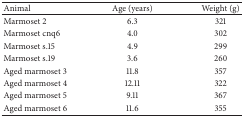
<table><thead><tr><td><b>Animal</b></td><td><b>Age (years)</b></td><td><b>Weight (g)</b></td></tr></thead><tbody><tr><td>Marmoset 2</td><td>6.3</td><td>321</td></tr><tr><td>Marmoset cnq6</td><td>4.0</td><td>302</td></tr><tr><td>Marmoset s.15</td><td>4.9</td><td>299</td></tr><tr><td>Marmoset s.19</td><td>3.6</td><td>260</td></tr><tr><td>Aged marmoset 3</td><td>11.8</td><td>357</td></tr><tr><td>Aged marmoset 4</td><td>12.11</td><td>322</td></tr><tr><td>Aged marmoset 5 </td><td>9.11</td><td>367</td></tr><tr><td>Aged marmoset 6</td><td>11.6</td><td>355</td></tr></tbody></table>